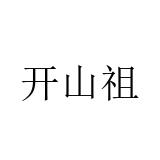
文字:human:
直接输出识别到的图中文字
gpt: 开山祖